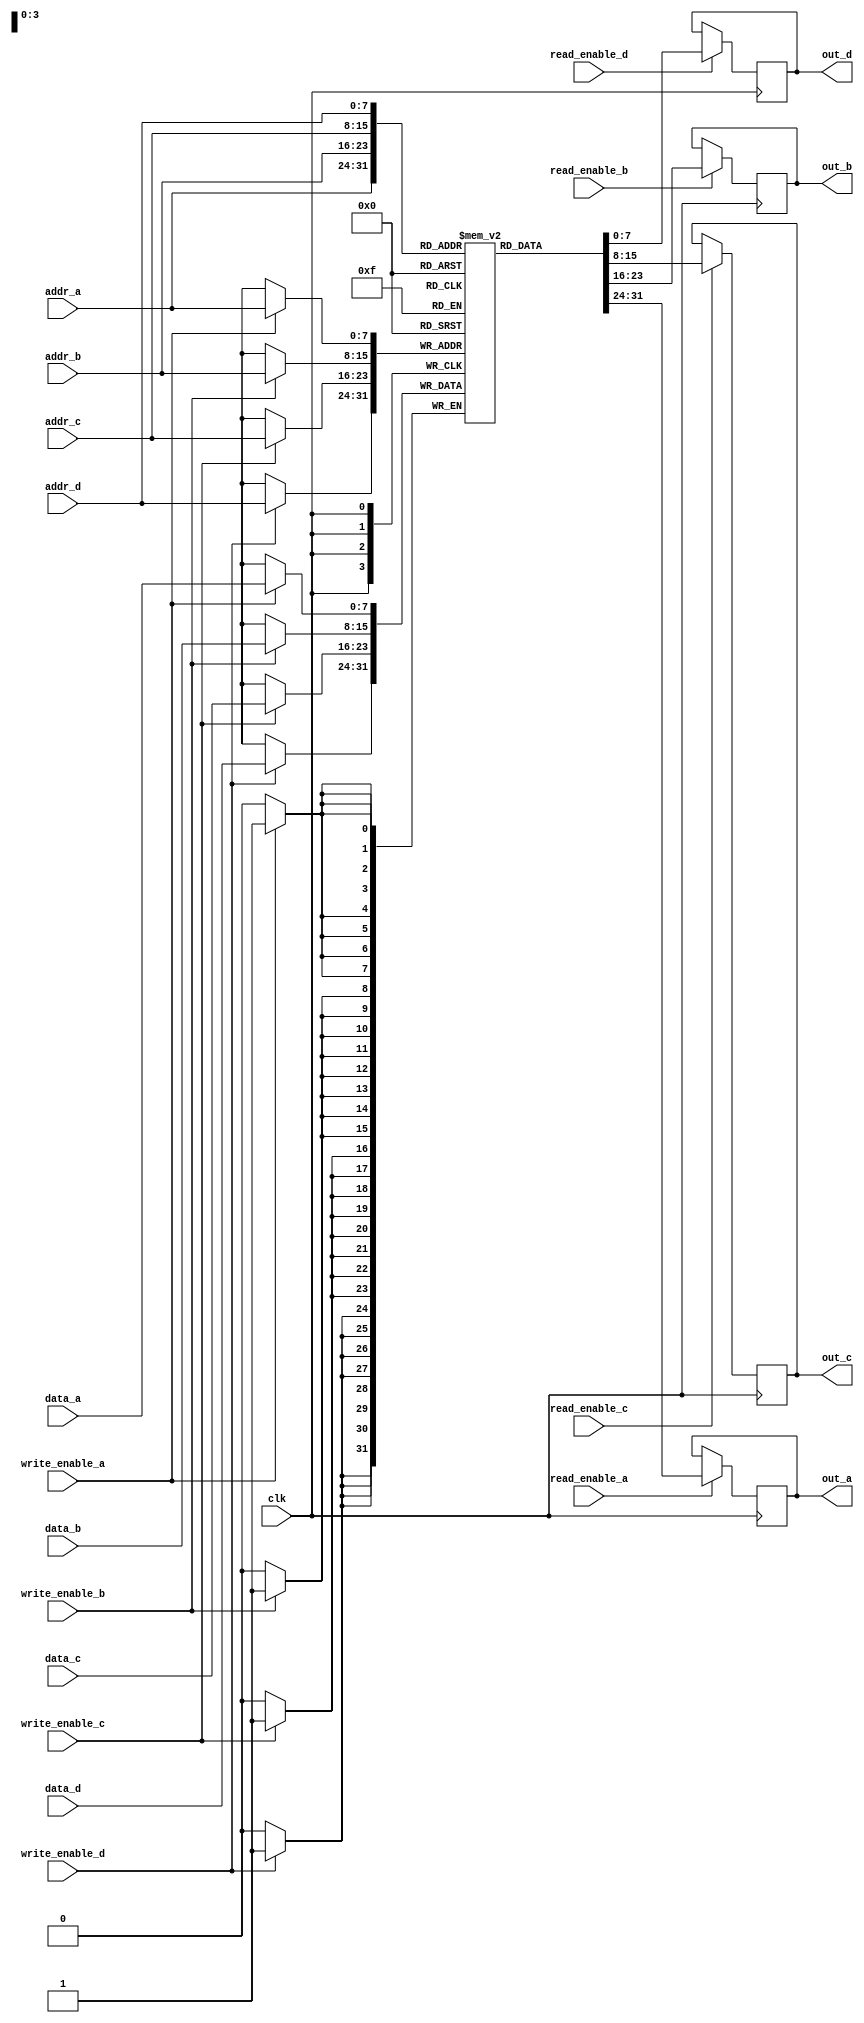
module quad_port_sram #(
    parameter ADDR_WIDTH = 8,  // Address width (e.g., 256 addresses)
    parameter DATA_WIDTH = 8,  // Data width (e.g., 8 bits)
    parameter MEM_DEPTH = 256   // Memory depth (e.g., 256 x 8 bits)
)(
    input wire clk,                     // Clock signal
    input wire [ADDR_WIDTH-1:0] addr_a, // Address for Port A
    input wire [ADDR_WIDTH-1:0] addr_b, // Address for Port B
    input wire [ADDR_WIDTH-1:0] addr_c, // Address for Port C
    input wire [ADDR_WIDTH-1:0] addr_d, // Address for Port D
    input wire [DATA_WIDTH-1:0] data_a, // Data input for Port A
    input wire [DATA_WIDTH-1:0] data_b, // Data input for Port B
    input wire [DATA_WIDTH-1:0] data_c, // Data input for Port C
    input wire [DATA_WIDTH-1:0] data_d, // Data input for Port D
    input wire read_enable_a,           // Read enable for Port A
    input wire read_enable_b,           // Read enable for Port B
    input wire read_enable_c,           // Read enable for Port C
    input wire read_enable_d,           // Read enable for Port D
    input wire write_enable_a,          // Write enable for Port A
    input wire write_enable_b,          // Write enable for Port B
    input wire write_enable_c,          // Write enable for Port C
    input wire write_enable_d,          // Write enable for Port D
    output reg [DATA_WIDTH-1:0] out_a,  // Output data for Port A
    output reg [DATA_WIDTH-1:0] out_b,  // Output data for Port B
    output reg [DATA_WIDTH-1:0] out_c,  // Output data for Port C
    output reg [DATA_WIDTH-1:0] out_d   // Output data for Port D
);

    // Memory array declaration
    reg [DATA_WIDTH-1:0] memory [0:MEM_DEPTH-1];

    // Write and Read operations for each port
    always @(posedge clk) begin
        // Port A
        if (write_enable_a) begin
            memory[addr_a] <= data_a; // Write data to memory
        end
        if (read_enable_a) begin
            out_a <= memory[addr_a]; // Read data from memory
        end

        // Port B
        if (write_enable_b) begin
            memory[addr_b] <= data_b; // Write data to memory
        end
        if (read_enable_b) begin
            out_b <= memory[addr_b]; // Read data from memory
        end

        // Port C
        if (write_enable_c) begin
            memory[addr_c] <= data_c; // Write data to memory
        end
        if (read_enable_c) begin
            out_c <= memory[addr_c]; // Read data from memory
        end

        // Port D
        if (write_enable_d) begin
            memory[addr_d] <= data_d; // Write data to memory
        end
        if (read_enable_d) begin
            out_d <= memory[addr_d]; // Read data from memory
        end
    end

endmodule